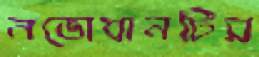
নভোযানটির